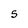
Character: 5